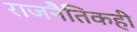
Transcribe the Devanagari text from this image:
राजनैतिकही